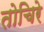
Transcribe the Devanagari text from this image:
तोचिरे